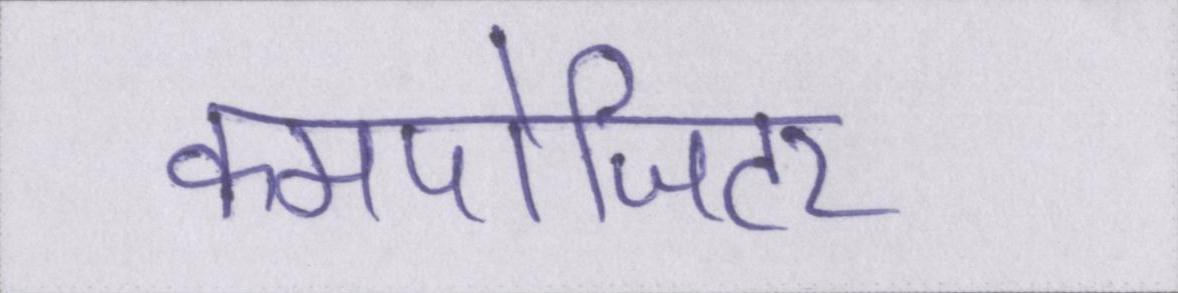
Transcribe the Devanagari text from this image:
कमपोजिटर